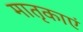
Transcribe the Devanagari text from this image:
मातृकाएं